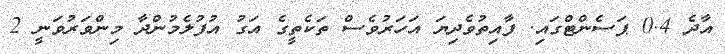
އާދެ 0.4 ޕަސެންޓްގައި. ފާއިތުވެދިޔަ އަހަރުވެސް ތަކެތީގެ އަގު އުފުލެމުންދާ މިންވަރުވަނީ 2